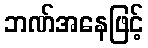
ဘဏ်အနေဖြင့်